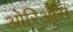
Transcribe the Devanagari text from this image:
ओरिओंस